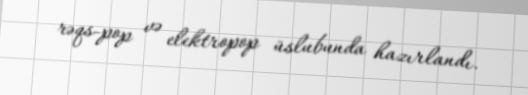
rəqs-pop və elektropop üslubunda hazırlandı.